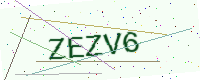
Text: ZEZV6